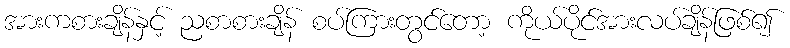
အားကစားချိန်နှင့် ညစာစားချိန် စပ်ကြားတွင်တော့ ကိုယ်ပိုင်အားလပ်ချိန်ဖြစ်၍